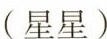
(星星)